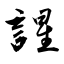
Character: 謃